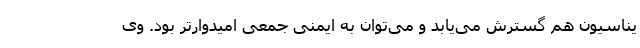
یناسیون هم گسترش می‌یابد و می‌توان به ایمنی جمعی امیدوارتر بود. وی